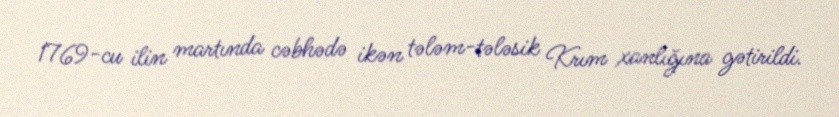
1769-cu ilin martında cəbhədə ikən tələm-tələsik Krım xanlığına gətirildi.